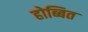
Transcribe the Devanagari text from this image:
होब्बित